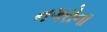
નગરોના